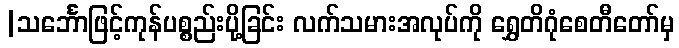
|သင်္ဘောဖြင့်ကုန်ပစ္စည်းပို့ခြင်း လက်သမားအလုပ်ကို ရွှေတိဂုံစေတီတော်မှ